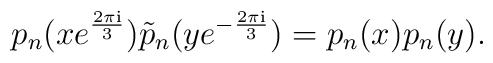
p_{n}(x e^{\frac{2\pi{\rm i}}{3}})\tilde{p}_{n}(y e^{-\frac{2\pi{\rm i}}{3}})=p_{n}(x)p_{n}(y).